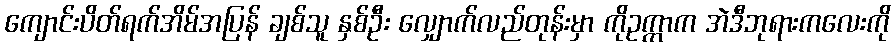
ကျောင်းပိတ်ရက်အိမ်အပြန် ချစ်သူ နှစ်ဦး လျှောက်လည်တုန်းမှာ ကိုဥက္ကာက အဲဒီဘုရားကလေးကို